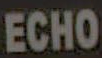
ECHO